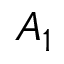
A _ { 1 }